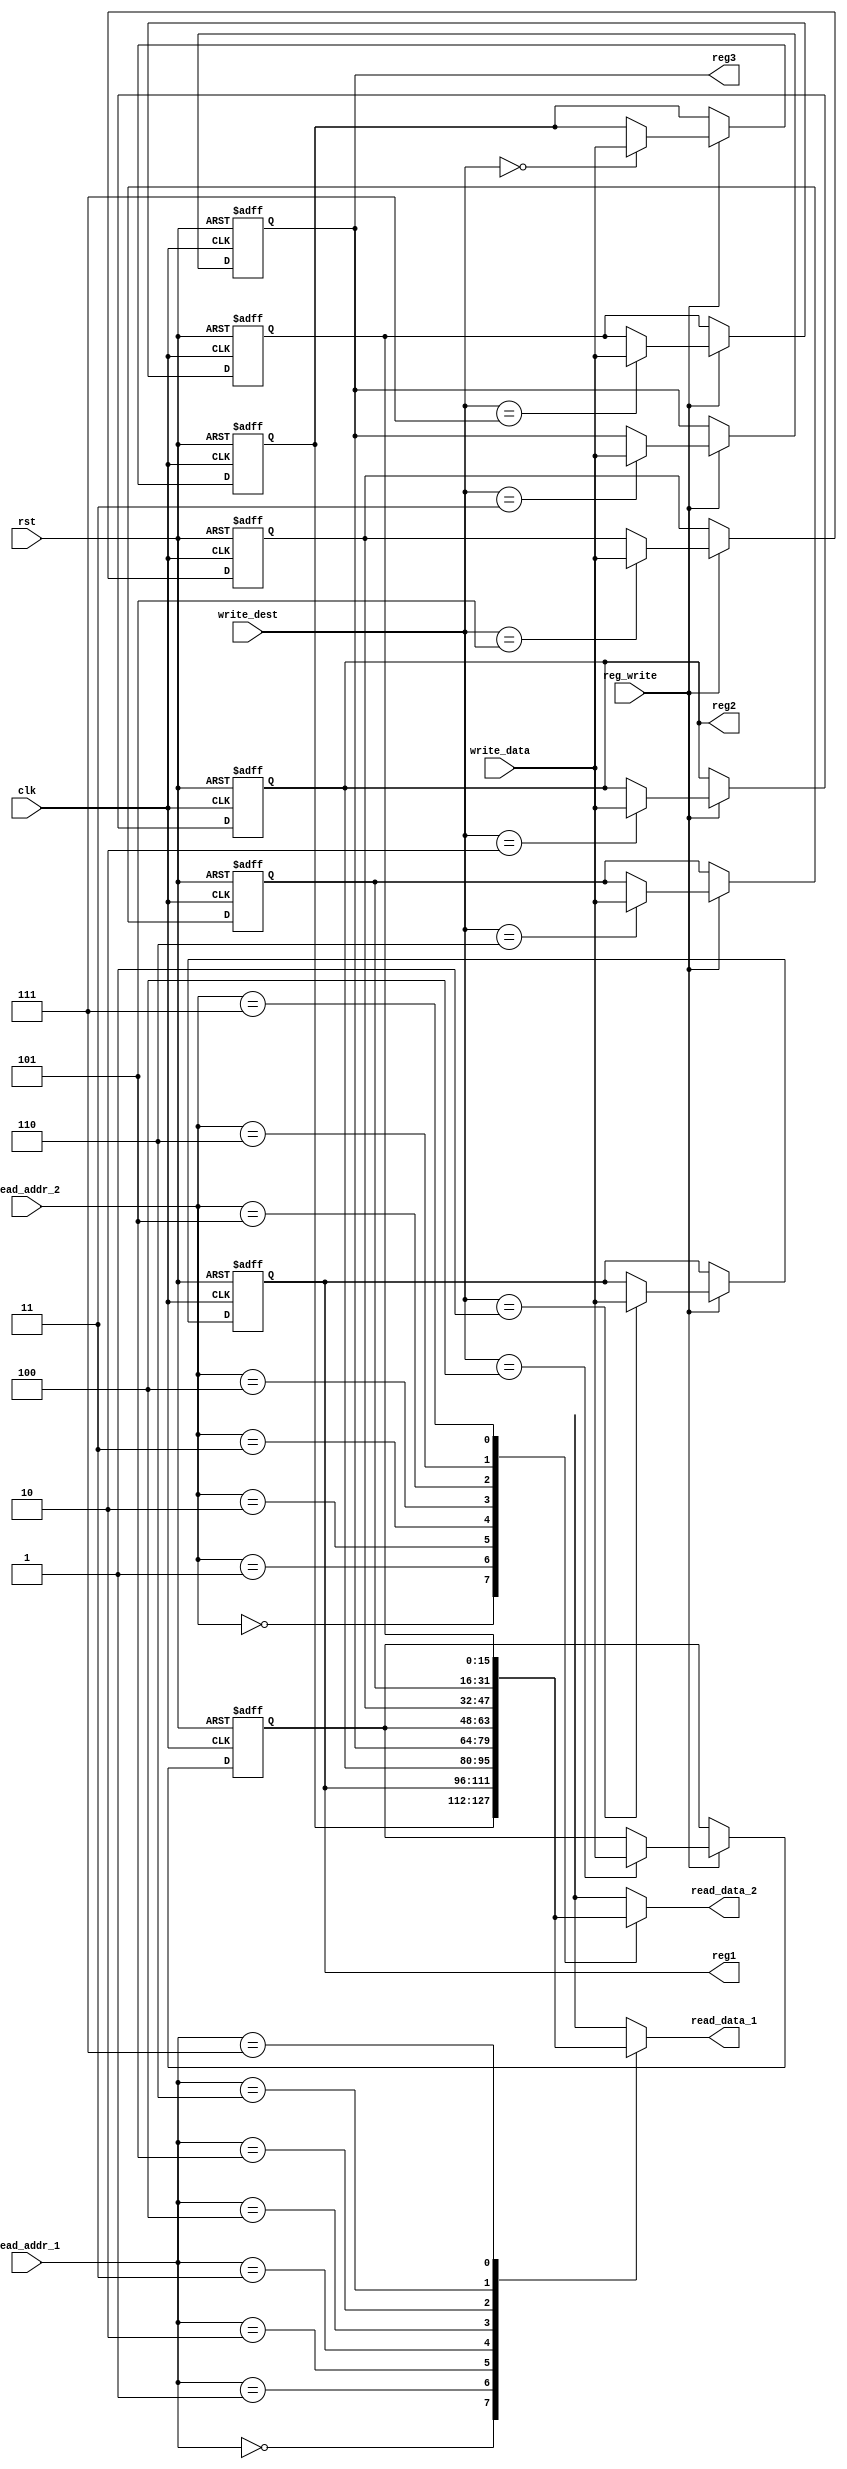
 /********************************************************************* 
*** EE 526 L 16-bit syngle cycle MIPS Fred Ryan,  Spring,2023       ***
***                                                                 *** 
***                                                                 *** 
***                                                                 *** 
********************************************************************** 
*** Filename//  register_file.v Created by Fred Ryan, 12 May 2023   *** 
*** --- revision history, if any, goes here ---                     *** 
**********************************************************************/ 
`timescale 1 ns / 1 ps

module register_file (
    input clk,
    input rst,
    // write port
    input reg_write,
    input [2:0] write_dest,
    input [15:0] write_data,
    // read port 1
    input [2:0] read_addr_1,
    output [15:0] read_data_1,
    // read port 2
    input [2:0] read_addr_2,
    output [15:0] read_data_2,
    output wire [15:0] reg1, reg2, reg3
);

reg [15:0] reg_file[7:0];  // Declaration of a register array named "reg_file" with 8 elements, each of 16 bits.

integer i;  // Declaration of an integer variable "i".

always @(posedge clk or posedge rst) begin
    if (rst) begin
        for (i = 0; i < 8; i = i + 1)
            reg_file[i] <= 16'd0;  // Resetting all elements of "reg_file" to 16'd0 when "rst" is asserted.
    end
    else begin
        if (reg_write) begin
            reg_file[write_dest] <= write_data;  // Writing "write_data" to the specified destination address in "reg_file" when "reg_write" is asserted.
        end
    end
end

assign read_data_1 = reg_file[read_addr_1];  // Assigning the value from "reg_file" at "read_addr_1" to "read_data_1".
assign read_data_2 = reg_file[read_addr_2];  // Assigning the value from "reg_file" at "read_addr_2" to "read_data_2".
assign reg1 = reg_file[1];  // Assigning the value from "reg_file" at address 1 to "reg1".
assign reg2 = reg_file[2];  // Assigning the value from "reg_file" at address 2 to "reg2".
assign reg3 = reg_file[3];  // Assigning the value from "reg_file" at address 3 to "reg3".

endmodule